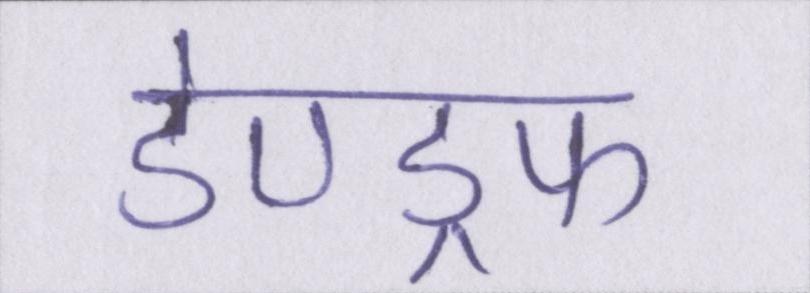
डेण्ड्रफ